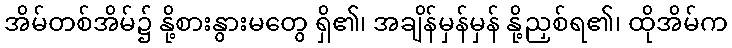
အိမ်တစ်အိမ်၌ နို့စားနွားမတွေ ရှိ၏၊ အချိန်မှန်မှန် နို့ညှစ်ရ၏၊ ထိုအိမ်က